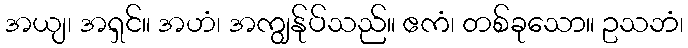
အယျ၊ အရှင်။ အဟံ၊ အကျွန်ုပ်သည်။ ဧကံ၊ တစ်ခုသော။ ဥသဘံ၊